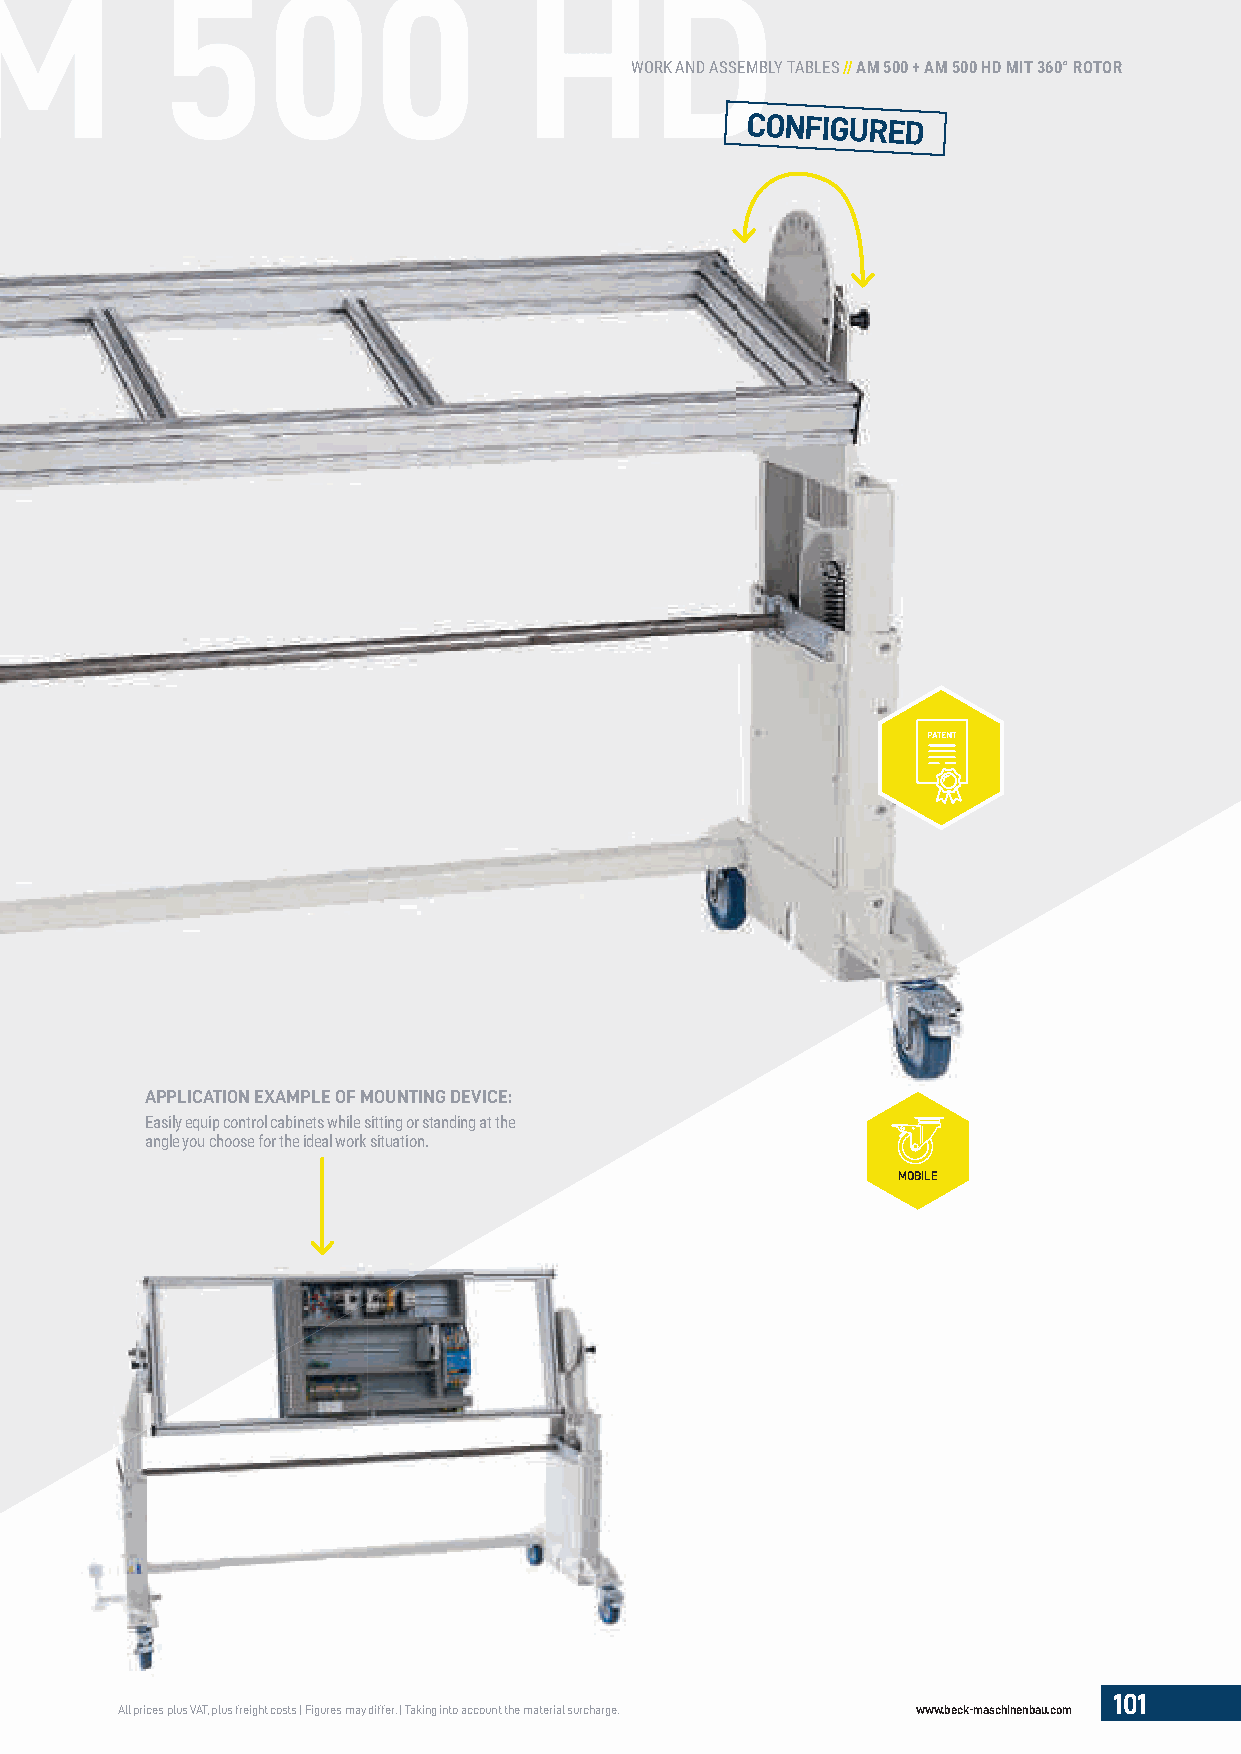
WORK AND ASSEMBLY TABLES // AM 500 + AM 500 HD MIT 360° ROTOR
 CONFIGURED
 APPLICATION EXAMPLE OF MOUNTING DEVICE:
 Easily equip control cabinets while sitting or standing at the
 angle you choose for the ideal work situation.
 MOBILE
 101
 All prices plus VAT, plus freight costs | Figures may differ. | Taking into account the material surcharge. www.beck-maschinenbau.com